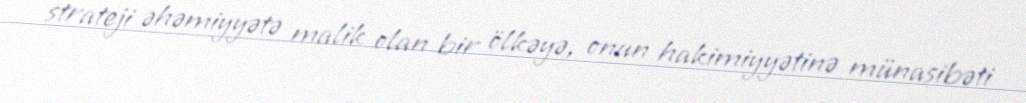
strateji əhəmiyyətə malik olan bir ölkəyə, onun hakimiyyətinə münasibəti